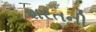
શરતની